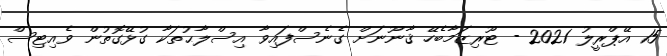
15 އޭޕްރީލު 2021 - ޓޫރިޒަމާބެހޭ ޤާނޫނަށް ގެނެސްފައިވާ އިސްލާޙުތަކާ ގުޅޭގޮތުން ވެއިޓިސް